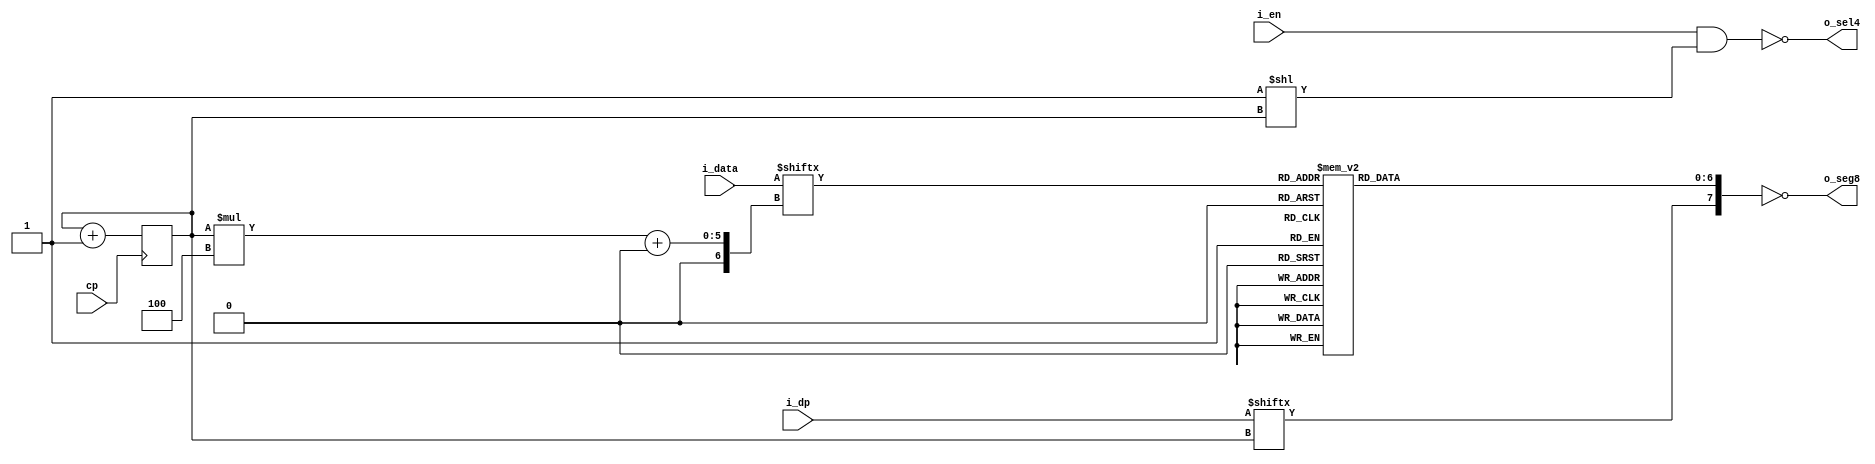
`timescale 1ns / 1ps
//////////////////////////////////////////////////////////////////////////////////
// Company: 
// Engineer: 
// 
// Design Name: 
// Module Name: disp_on_8seg
// Project Name: 
// Target Devices: 
// Tool Versions: 
// Description: 
// 
// Dependencies: 
// 
// Revision:
// Revision 0.01 - File Created
// Additional Comments:
// 
//////////////////////////////////////////////////////////////////////////////////


module disp_on_8seg(
    input cp,
    input [3:0] i_en,
    input [15:0] i_data,
    input [3:0] i_dp,
    output reg [7:0]o_seg8,
    output reg [3:0]o_sel4
    );
    
    reg [1:0] cnt;
    always @(posedge cp) cnt <= cnt + 1'b1;
    
    always @(*)
        begin
            o_sel4 = i_en & (4'b0001 << cnt);
            o_sel4 = ~o_sel4;
            o_seg8[7] = i_dp[cnt];
            case(i_data[cnt * 4 +: 4])
            4'h0:
                o_seg8[6:0] = 7'h3f;
            4'h1:
                o_seg8[6:0] = 7'h06;
            4'h2:
                o_seg8[6:0] = 7'h5b;
            4'h3:
                o_seg8[6:0] = 7'h4f;
            4'h4:
                o_seg8[6:0] = 7'h66;
            4'h5:
                o_seg8[6:0] = 7'h6d;
            4'h6:
                o_seg8[6:0] = 7'h7d;
            4'h7:
                o_seg8[6:0] = 7'h07;
            4'h8:
                o_seg8[6:0] = 7'h7f;
            4'h9:
                o_seg8[6:0] = 7'h6f;
            default:
                o_seg8[6:0] = 7'h3f;
            endcase
            o_seg8 = ~o_seg8;
        end
    
    
endmodule